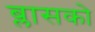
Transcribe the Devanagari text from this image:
ब्लासको